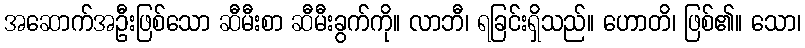
အဆောက်အဦးဖြစ်သော ဆီမီးစာ ဆီမီးခွက်ကို။ လာဘီ၊ ရခြင်းရှိသည်။ ဟောတိ၊ ဖြစ်၏။ သော၊